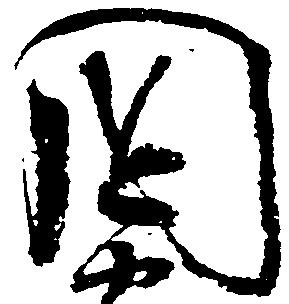
国